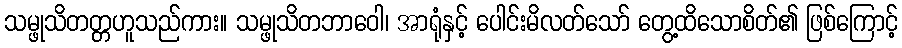
သမ္ဖုသိတတ္တဟူသည်ကား။ သမ္ဖုသိတဘာဝေါ၊ အာရုံနှင့် ပေါင်းမိလတ်သော် တွေ့ထိသောစိတ်၏ ဖြစ်ကြောင့်